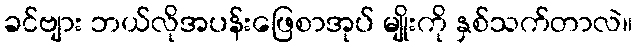
ခင်ဗျား ဘယ်လိုအပန်းဖြေစာအုပ် မျိုးကို နှစ်သက်တာလဲ။